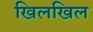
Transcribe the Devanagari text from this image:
खिलखिल